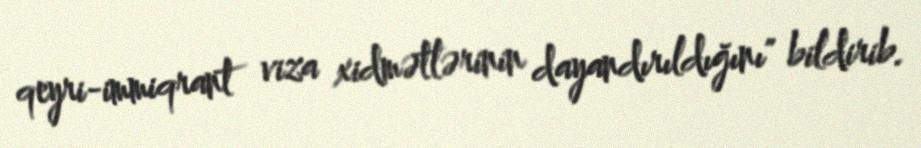
qeyri-immiqrant viza xidmətlərinin dayandırıldığını" bildirib.